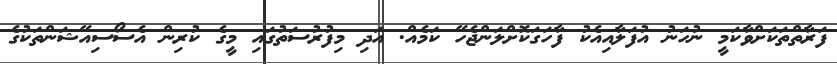
ފަރާތްތަކަށްވާކަމީ ނުހަނު އުފަލާއިއެކު ފާހަގަކޮށްލަންޖެހޭ ކަމެއް. އަދި މިފުރުސަތުގައި މީގެ ކުރިން އެސޯސިއޭޝަންތަކުގެ